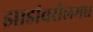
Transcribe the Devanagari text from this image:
झाडांवरीलमध